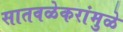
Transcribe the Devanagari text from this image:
सातवळेकरांमुळे